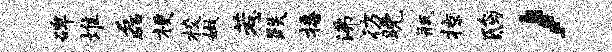
碑堆磊梗校嫩惹跌播沸彷晚瓶掠鸱，